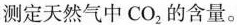
测定天然气中CO_{2}的含量。